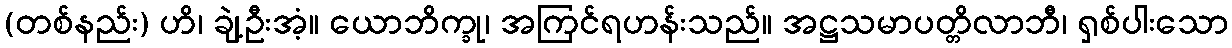
(တစ်နည်း) ဟိ၊ ချဲ့ဦးအံ့။ ယောဘိက္ခု၊ အကြင်ရဟန်းသည်။ အဋ္ဌသမာပတ္တိလာဘီ၊ ရှစ်ပါးသော